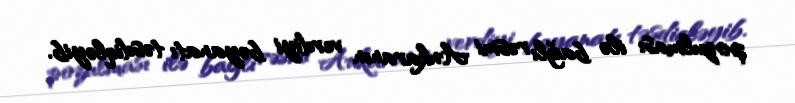
pozulması ilə bağlı rəsmi Ankaranın verdiyi bəyanatı təsdiqləyib.